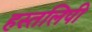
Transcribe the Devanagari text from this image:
हस्तलिपी